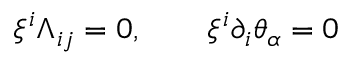
\xi ^ { i } \Lambda _ { i j } = 0 , \qquad \xi ^ { i } \partial _ { i } \theta _ { \alpha } = 0